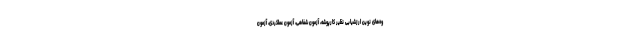
وه‌های نوین ارزشیابی نظیر کارپوشه، آزمون شفاهی، آزمون عملکردی، آزمون